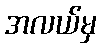
အလယ်မှ